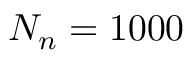
N _ { n } = 1 0 0 0